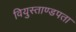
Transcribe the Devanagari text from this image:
वियुस्ताण्डपता